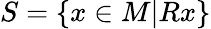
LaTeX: S=\{ x\in M|Rx\}